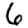
Digit: 6